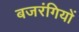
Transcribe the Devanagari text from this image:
बजरंगियों